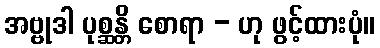
အဗ္ဗုဒါ ပုစ္ဆန္တိ စောရာ - ဟု ဖွင့်ထားပုံ။